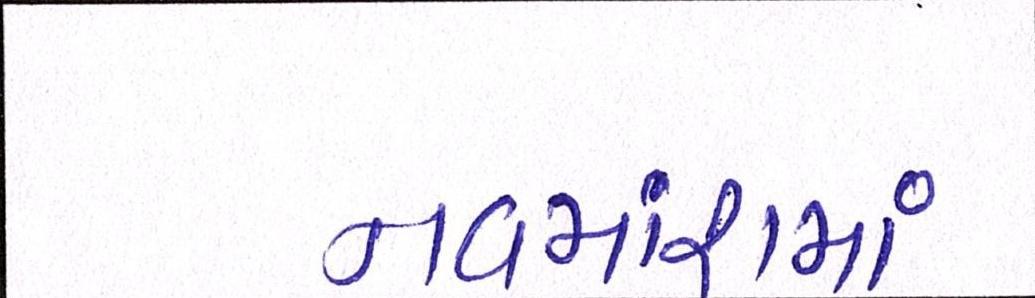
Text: નવમાંશમાં